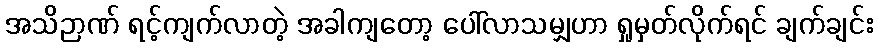
အသိဉာဏ် ရင့်ကျက်လာတဲ့ အခါကျတော့ ပေါ်လာသမျှဟာ ရှုမှတ်လိုက်ရင် ချက်ချင်း